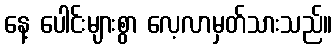
နေ့ ပေါင်းများစွာ လေ့လာမှတ်သားသည်။